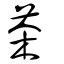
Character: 茶